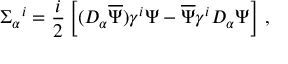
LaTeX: \Sigma _ { \alpha } { } ^ { i } = \frac { i } { 2 } \left[ ( D _ { \alpha } \overline { { { \Psi } } } ) \gamma ^ { i } \Psi - \overline { { { \Psi } } } \gamma ^ { i } D _ { \alpha } \Psi \right] \, ,